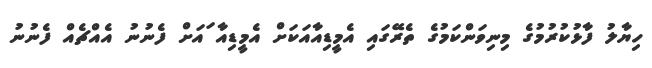
ހިޔާލު ފާޅުކުރުމުގެ މިނިވަންކަމުގެ ތެރޭގައި އެމީޑިއާއަކަށް އެމީޑިއާ ައަށް ފެނުނު އެއްޗެއް ފެނުނު